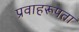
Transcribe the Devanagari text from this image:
प्रवाहरूपता